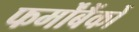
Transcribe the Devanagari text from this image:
फर्मोंबैंकों